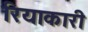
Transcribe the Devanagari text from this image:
रियाकारी